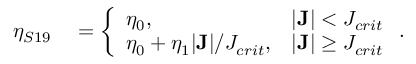
\begin{array} { r l } { \eta _ { S 1 9 } } & { { } = \left\{ \begin{array} { l l } { \eta _ { 0 } , } & { | { \bf J } | < J _ { c r i t } } \\ { \eta _ { 0 } + \eta _ { 1 } | { \bf J } | / J _ { c r i t } , } & { | { \bf J } | \geq J _ { c r i t } } \end{array} \right. . } \end{array}